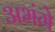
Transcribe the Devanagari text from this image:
अभंगे